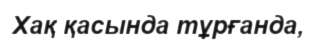
Хақ қасында тұрғанда,